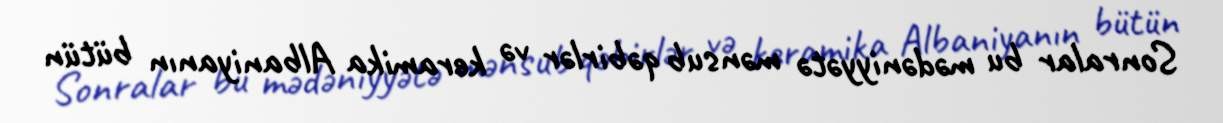
Sonralar bu mədəniyyətə mənsub qəbirlər və keramika Albaniyanın bütün